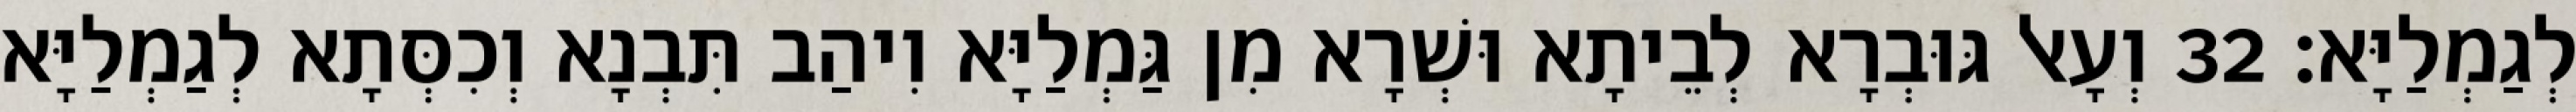
לְגַמְלַיָּא׃ 32 וְעָאל גּוּבְרָא לְבֵיתָא וּשְׁרָא מִן גַּמְלַיָּא וִיהַב תִּבְנָא וְכִסְּתָא לְגַמְלַיָּא